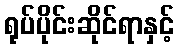
ရုပ်ပိုင်းဆိုင်ရာနှင့်